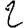
Digit: 2